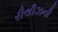
રીલીઝની